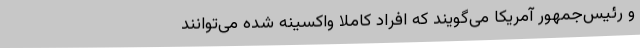
و رئیس‌جمهور آمریکا می‌گویند که افراد کاملا واکسینه شده می‌توانند